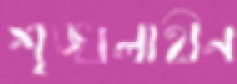
শৃঙ্খলাহীন